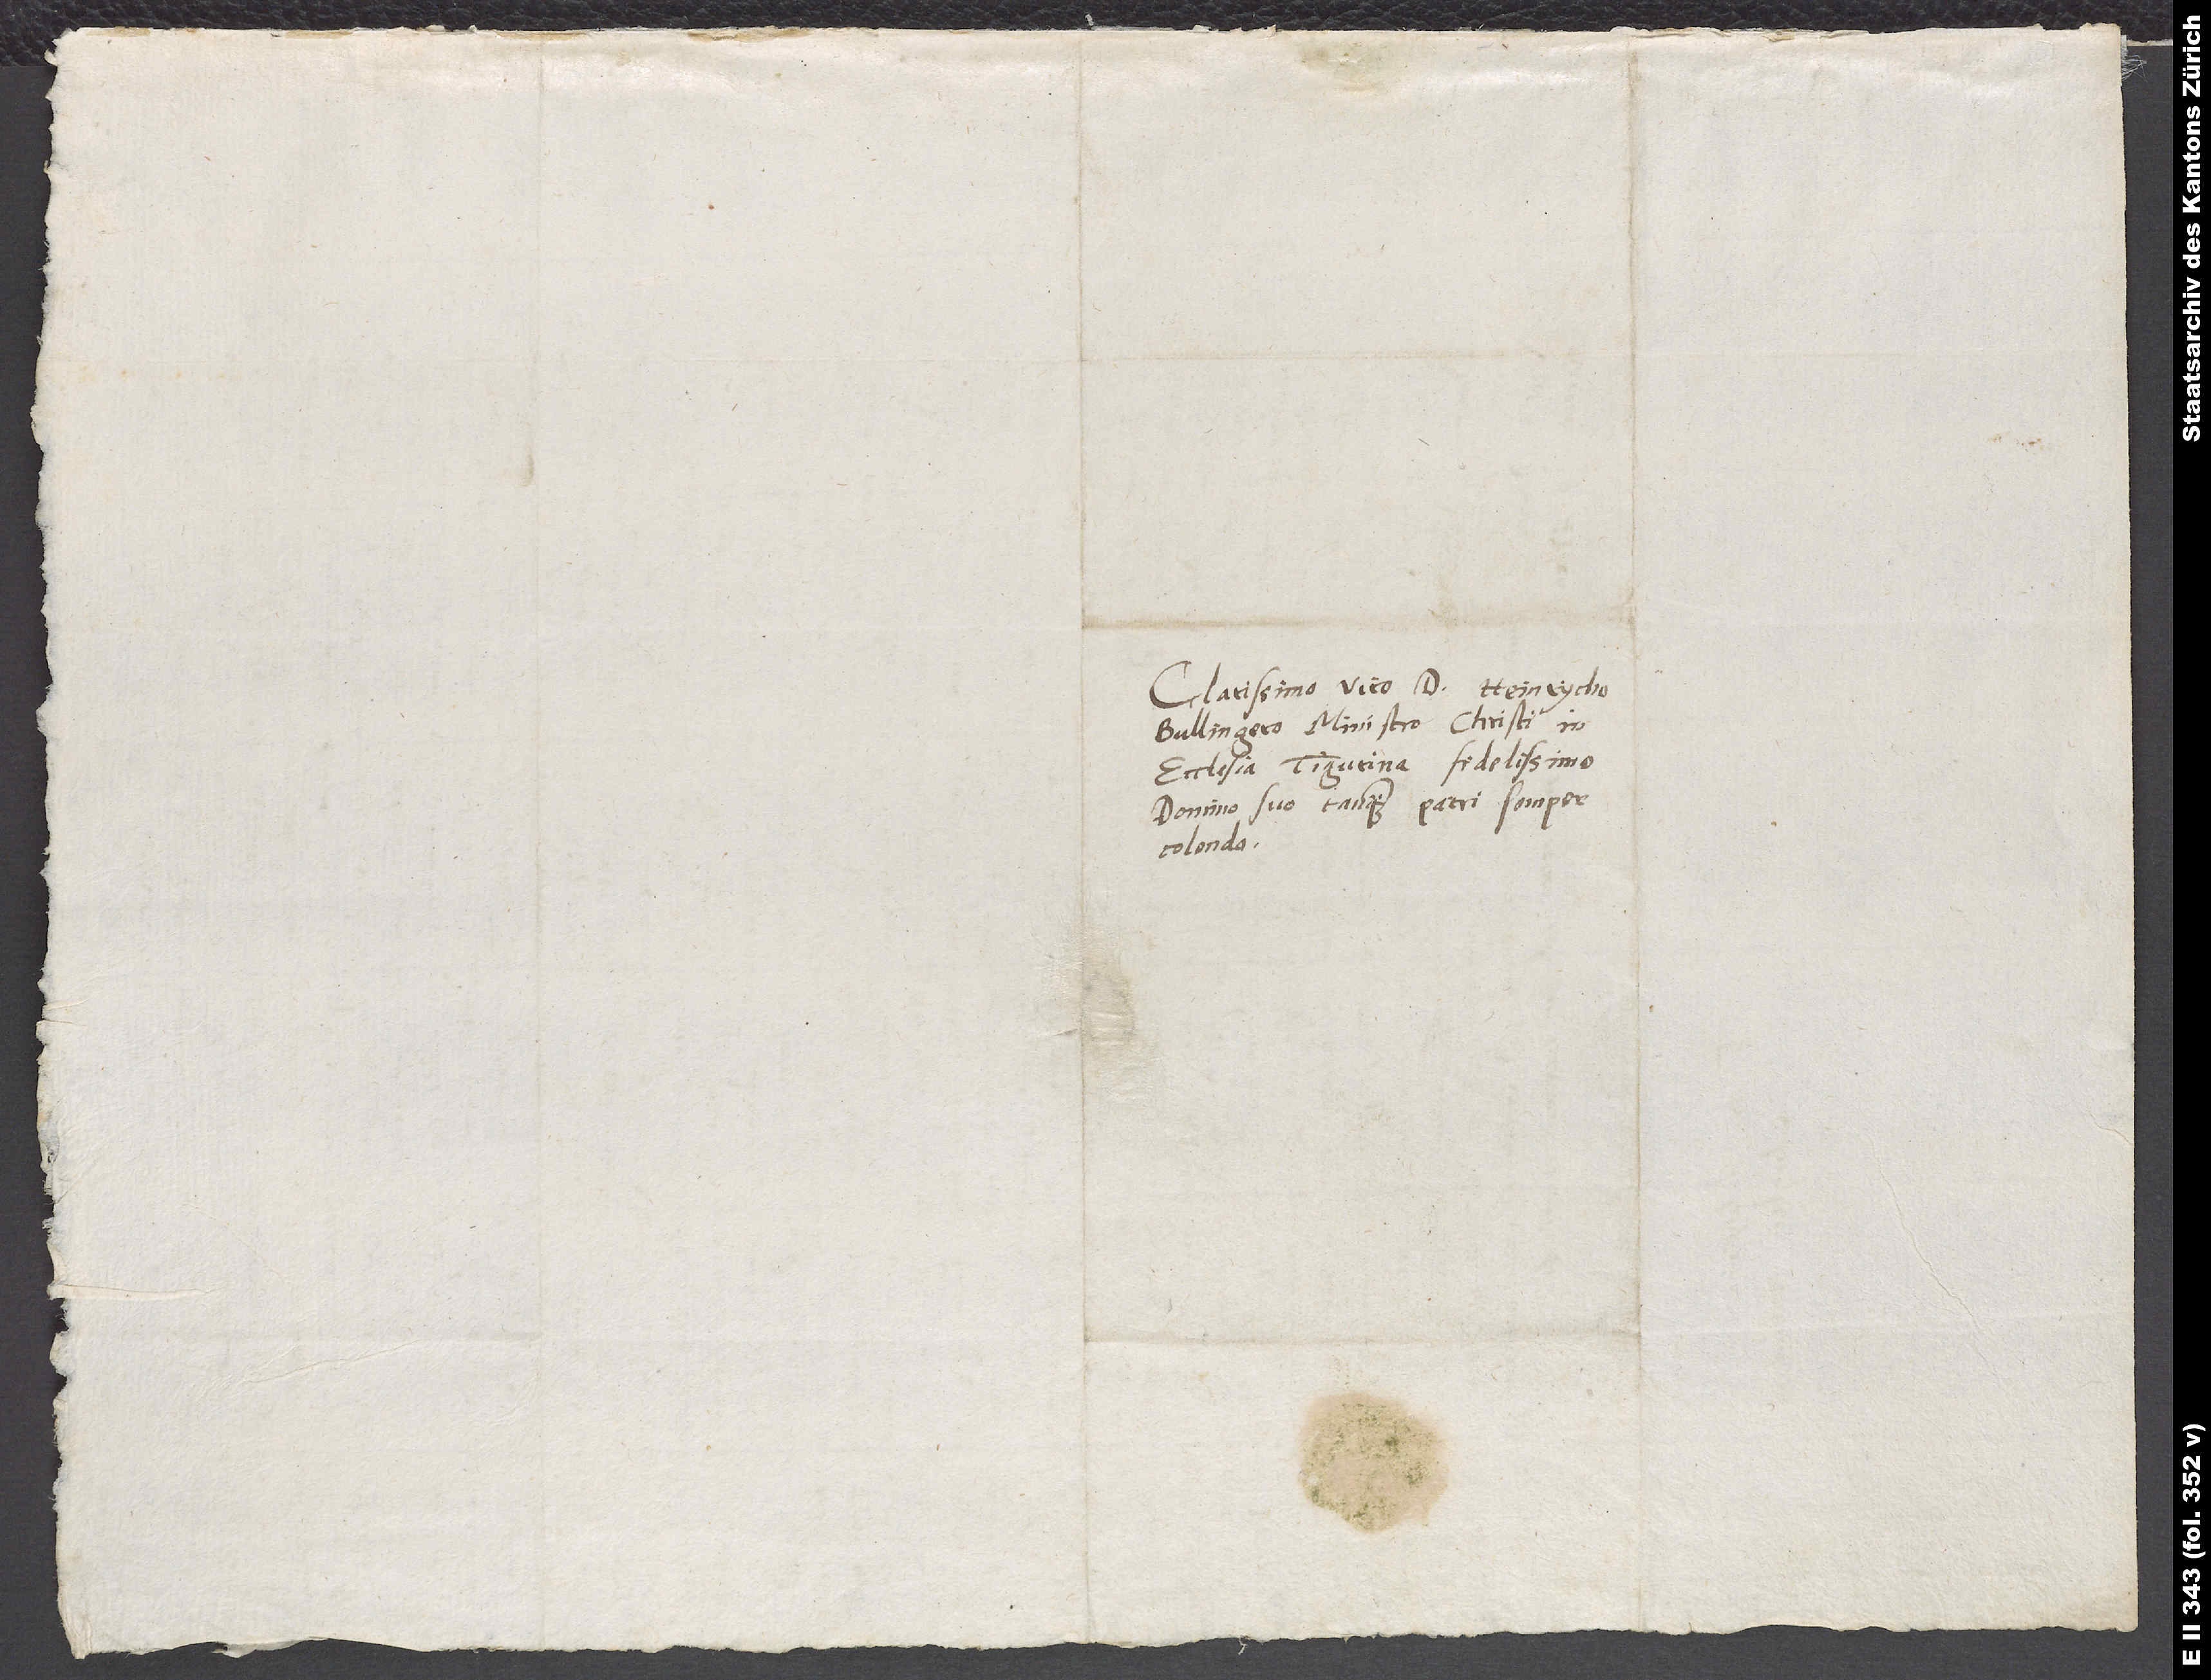
Clarissimo viro d. Heinrycho
Bullingero, ministro Christi in
ecclesia Tigurina fidelissimo,
domino suo tanquam patri semper
colendo.